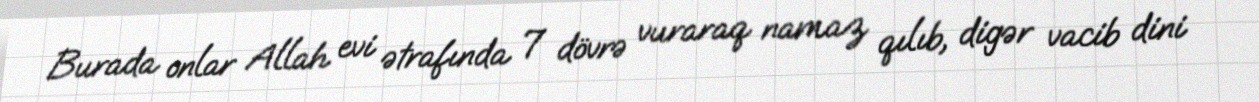
Burada onlar Allah evi ətrafında 7 dövrə vuraraq namaz qılıb, digər vacib dini